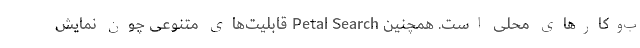
ب‌وکارهای محلی است. همچنین Petal Search قابلیت‌های متنوعی چون نمایش